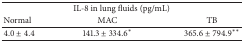
| <COLSPAN=3> IL-8 in lung fluids (pg/mL) |
 | Normal | MAC | TB |
 | --- | --- | --- |
 | 4.0 ± 4.4 | 141.3 ± 334.6* | 365.6 ± 794.9** |